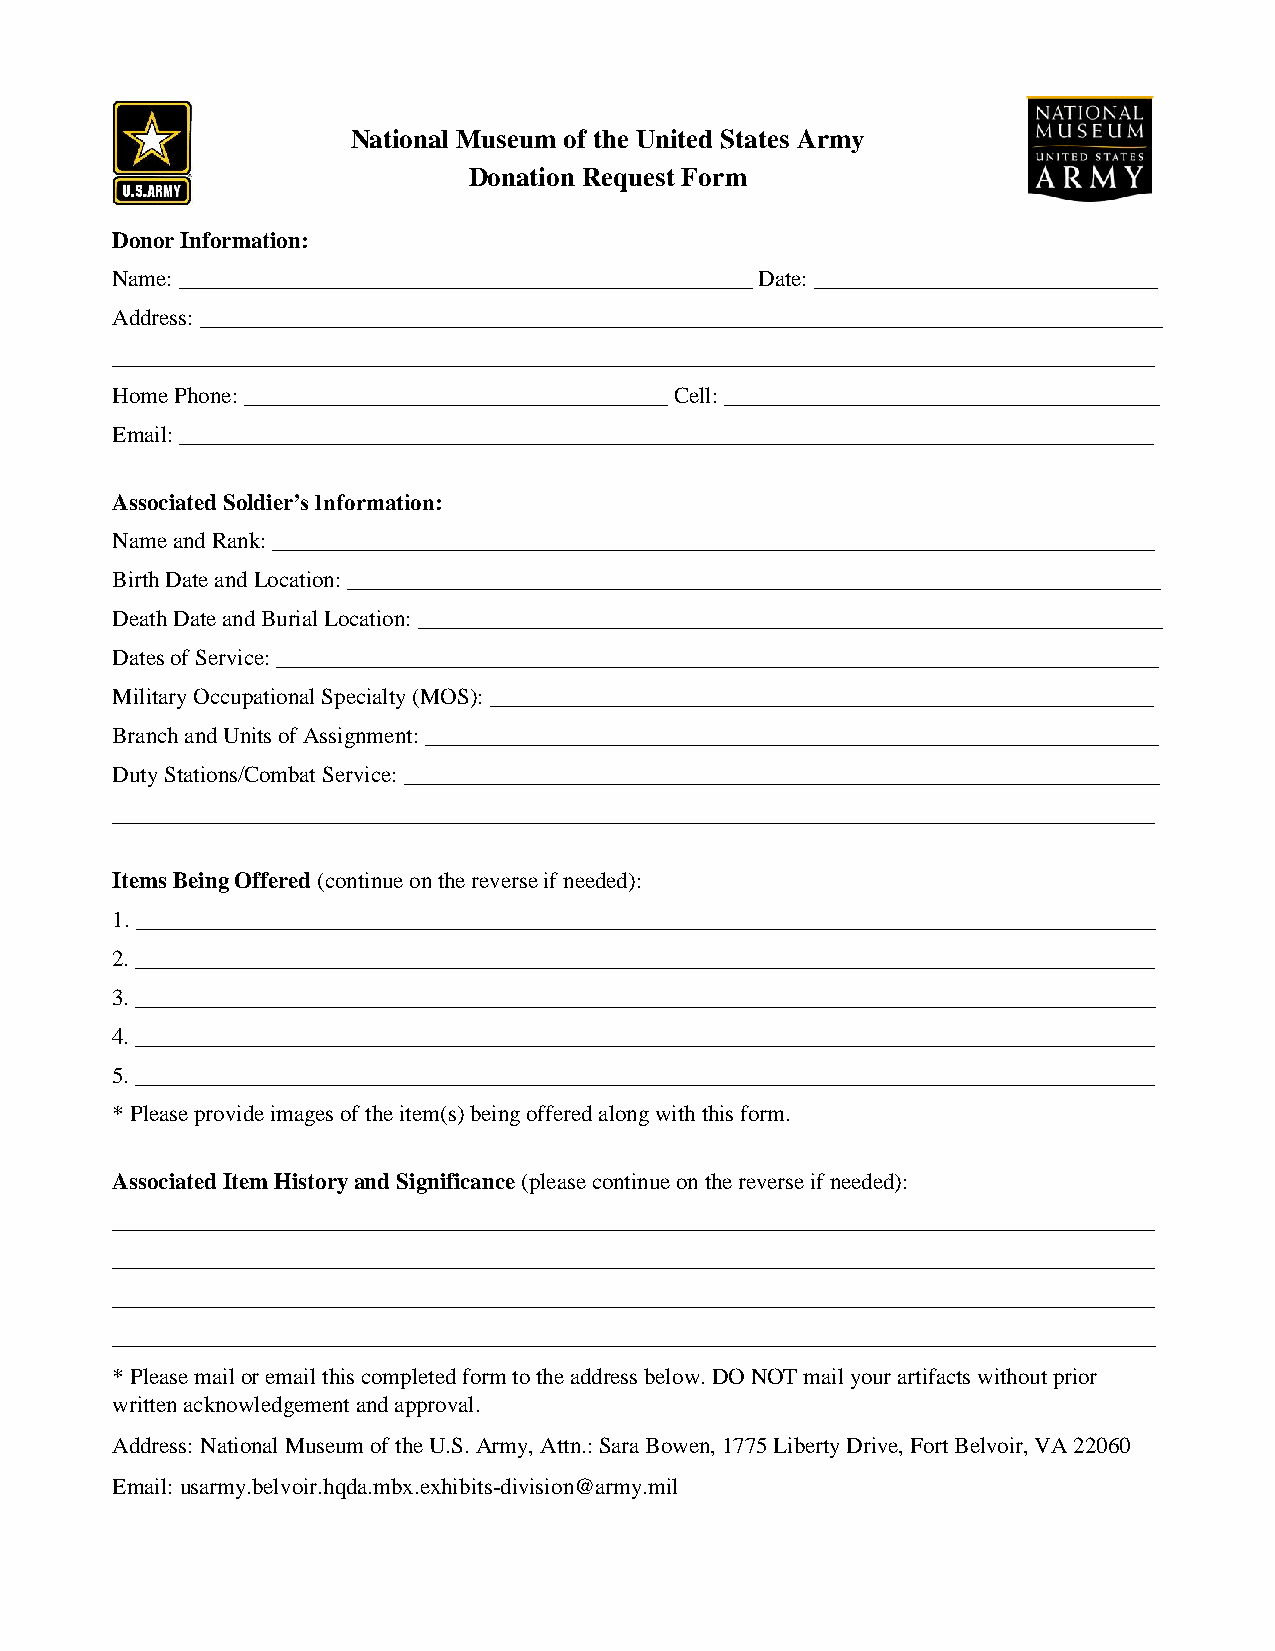
National Museum of the United States Army
 Donation Request Form
 Donor Information:
 Name: __________________________________________________ Date: ______________________________
 Address: ____________________________________________________________________________________
 ___________________________________________________________________________________________
 Home Phone: _____________________________________ Cell: ______________________________________
 Email: _____________________________________________________________________________________
 Associated Soldier’s Information:
 Name and Rank: _____________________________________________________________________________
 Birth Date and Location: _______________________________________________________________________
 Death Date and Burial Location: _________________________________________________________________
 Dates of Service: _____________________________________________________________________________
 Military Occupational Specialty (MOS): __________________________________________________________
 Branch and Units of Assignment: ________________________________________________________________
 Duty Stations/Combat Service: __________________________________________________________________
 ___________________________________________________________________________________________
 Items Being Offered (continue on the reverse if needed):
 1. _________________________________________________________________________________________
 2. _________________________________________________________________________________________
 3. _________________________________________________________________________________________
 4. _________________________________________________________________________________________
 5. _________________________________________________________________________________________
 * Please provide images of the item(s) being offered along with this form.
 Associated Item History and Significance (please continue on the reverse if needed):
 ___________________________________________________________________________________________
 ___________________________________________________________________________________________
 ___________________________________________________________________________________________
 ___________________________________________________________________________________________
 * Please mail or email this completed form to the address below. DO NOT mail your artifacts without prior
 written acknowledgement and approval.
 Address: National Museum of the U.S. Army, Attn.: Sara Bowen, 1775 Liberty Drive, Fort Belvoir, VA 22060
 Email: usarmy.belvoir.hqda.mbx.exhibits-division@army.mil